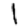
Digit: 1